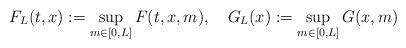
LaTeX: \begin{align*}F_L(t,x) := \sup_{m \in [0,L]} F(t,x,m), ~~~ G_L(x) := \sup_{m \in [0,L]} G(x,m)\end{align*}